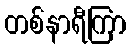
တစ်နာရီကြာ